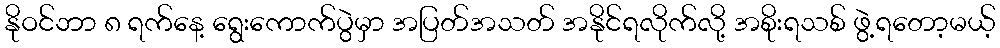
နိုဝင်ဘာ ၈ ရက်နေ့ ရွေးကောက်ပွဲမှာ အပြတ်အသတ် အနိုင်ရလိုက်လို့ အစိုးရသစ် ဖွဲ့ရတော့မယ့်